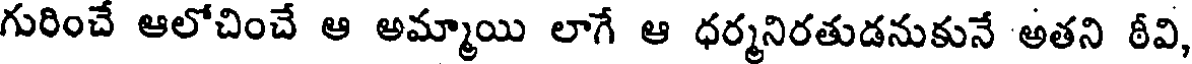
గురించే ఆలోచించే ఆ అమ్మాయి లాగే ఆ ధర్మనిరతుడనుకునే అతని ఠీవి,